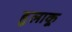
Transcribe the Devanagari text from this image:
हुलाकू